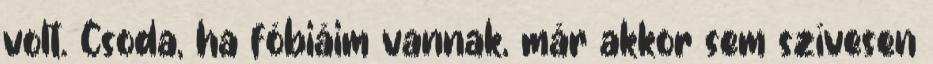
volt. Csoda, ha fóbiáim vannak, már akkor sem szívesen